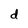
Character: d